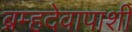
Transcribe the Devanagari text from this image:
ब्रम्हदेवापाशी